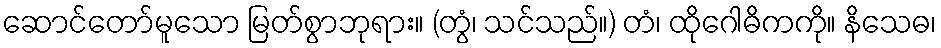
ဆောင်တော်မူသော မြတ်စွာဘုရား။ (တွံ၊ သင်သည်။) တံ၊ ထိုဂေါဓိကကို။ နိသေဓ၊